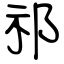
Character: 祁